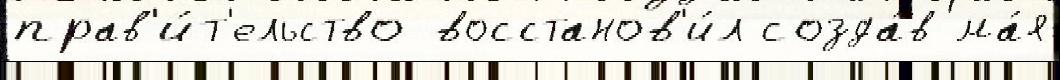
прав'и́т'ельство восстанов'и́л созда́в ма́я